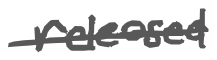
Text: released
Cross-out: single-line
Writing tool: digital_gray